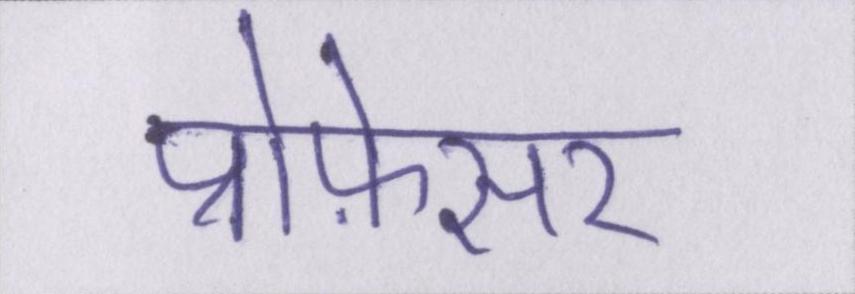
प्रोफ़ेसर